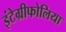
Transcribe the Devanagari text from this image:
इंटेग्रीफोलिया